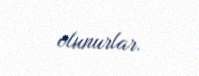
olunurlar.